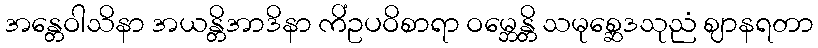
အန္တေဝါသိနာ အယန္တိအာဒိနာ ကိံဥပဝိစာရာ ဝမ္ဘေန္တိ သမုစ္ဆေဒသုညံ ဈာနရတာ